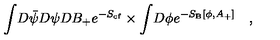
\int \! D \bar { \psi } D \psi D B _ { + } e ^ { - S _ { \mathrm { { c f } } } } \times \int \! D \phi e ^ { - S _ { \mathrm { { B } } } [ \phi , A _ { + } ] } \quad ,